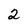
Character: 2